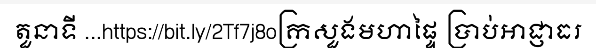
តួនាទី ...https://bit.ly/2Tf7j8oក្រសួងមហាផ្ទៃ ប្រាប់អាជ្ញាធរ